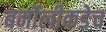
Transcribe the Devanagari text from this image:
बर्नोलीकडेच